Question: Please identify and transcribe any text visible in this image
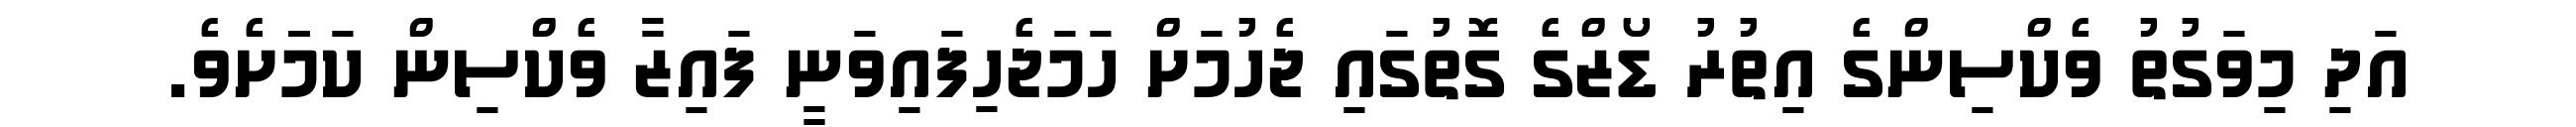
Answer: އަދި މިވަގުތު ވެކްސިންގެ އިތުރު ޑޯޒްގެ ގޮތުގައި ޖެހުމަށް ހަމަޖެހިފައިވަނީ ފައިޒާ ވެކްސިން ކަމަަަށެވެ.